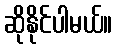
ဆိုနိုင်ပါမယ်။